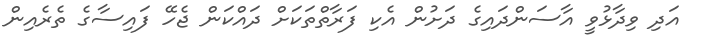
އަދި ވިދާޅުވީ އާސަންދައިގެ ދަށުން އެކި ފަރާތްތަކަށް ދައްކަން ޖެހޭ ފައިސާގެ ތެރެއިން